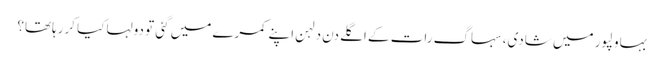
بہاولپور میں شادی، سہاگ رات کے اگلے دن دلہن اپنے کمرے میں گئی تو دولہا کیا کررہاتھا؟